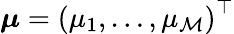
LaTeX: {\boldsymbol{\mu}}=\left(\mu_{1},\ldots,\mu_{\mathcal{M}}\right)^{\top}